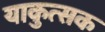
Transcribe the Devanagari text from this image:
याकुत्सक